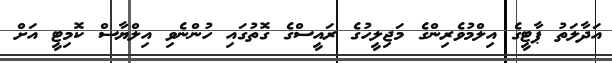
އަދާލަތު ޕާޓީގެ އިލްމުވެރިންގެ މަޖިލީހުގެ ރައީސްގެ ގޮތުގައި ހުންނެވި އިލްޔާސް ކޮމިޓީ އަށް